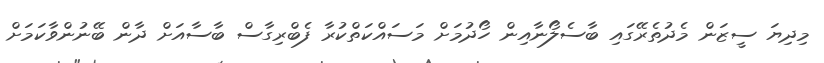
މިދިޔަ ސީޒަން މެދުތެރޭގައި ބާސެލޯނާއިން ހޯދުމަށް މަސައްކަތްކުރާ ފެބްރިގާސް ބާސާއަށް ދާން ބޭނުންވާކަމަށް